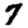
Digit: 7